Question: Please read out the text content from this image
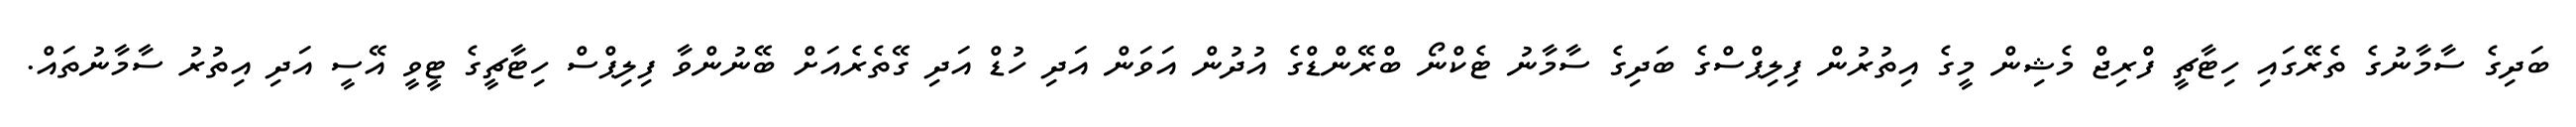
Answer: ބަދިގެ ސާމާނުގެ ތެރޭގައި ހިޓާޗީ ފްރިޖް މެޝިން މީގެ އިތުރުން ފިލިޕްސްގެ ބަދިގެ ސާމާނު ޓެކްނޯ ބްރޭންޑްގެ އުދުން އަވަން އަދި ހުޑް އަދި ގޭތެރެއަށް ބޭނުންވާ ފިލިޕްސް ހިޓާޗީގެ ޓީވީ އޭސީ އަދި އިތުރު ސާމާނުތައް.